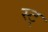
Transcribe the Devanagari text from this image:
स्ट्